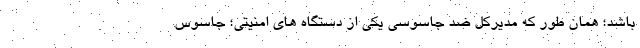
باشد؛ همان طور که مدیرکل ضد جاسوسی یکی از دستگاه های امنیتی؛ جاسوس